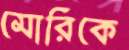
মোরিকে